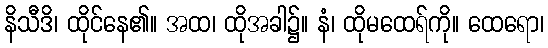
နိသီဒိ၊ ထိုင်နေ၏။ အထ၊ ထိုအခါ၌။ နံ၊ ထိုမထေရ်ကို။ ထေရော၊